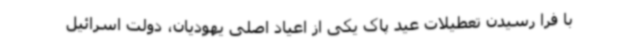
با فرا رسیدن تعطیلات عید پاک یکی از اعیاد اصلی یهودیان، دولت اسرائیل